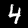
Label: 4